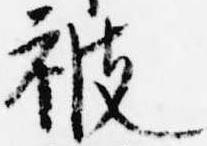
被